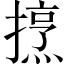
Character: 𢴒